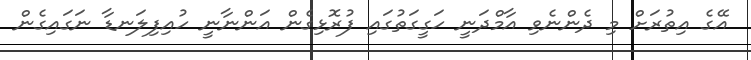
އޭގެ އިތުރަށް މި ދެންނެވި އާމްދަނީ ހަގީގަތުގައި ފުރޮޅިގެން އަންނާނީ ހުއިފިލަނޑާ ނަގައިގެން